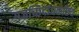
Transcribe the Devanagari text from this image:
गजच्छिदांधकछिदं